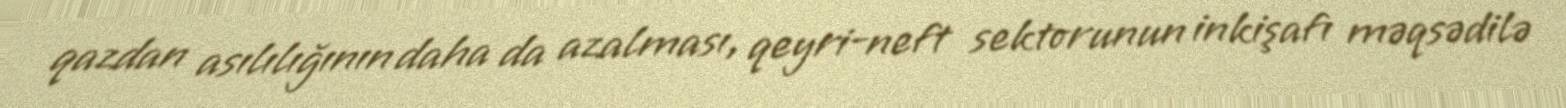
qazdan asılılığının daha da azalması, qeyri-neft sektorunun inkişafı məqsədilə